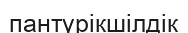
пантүрікшілдік